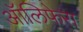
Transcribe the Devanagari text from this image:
ऑलिफेरा